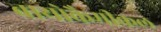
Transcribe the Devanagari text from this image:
बायोकैमीकल